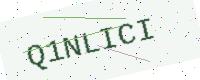
Text: Q1NLICI